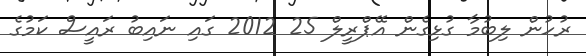
ރުހުން ލިބުމާ ގުޅިގެން އޭޕްރީލް 25 2012 ގައި ނައިބު ރައީސް ކަމުގެ